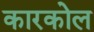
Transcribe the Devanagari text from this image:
कारकोल